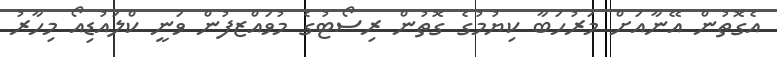
އެގޮތުން އޭނާއަށް މަރުހަބާ ކިޔުމުގެ ގޮތުން ރިސޯޓުގެ މުވައްޒފުން ވަނީ ކްލައުޑިއޯ މިހާރު